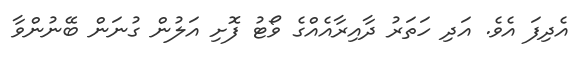
އެދިފަ އެވެ. އަދި ހަތަރު ދާއިރާއެއްގެ ވޯޓު ފޮށި އަލުން ގުނަން ބޭނުންވާ